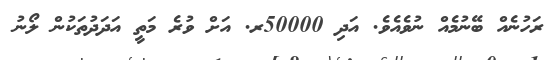
ރަހުނެއް ބޭނުމެއް ނުވެއެވެ. އަދި 50000ރ. އަށް ވުރެ މަތީ އަދަދުތަކުން ލޯނު